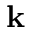
\bf { k }